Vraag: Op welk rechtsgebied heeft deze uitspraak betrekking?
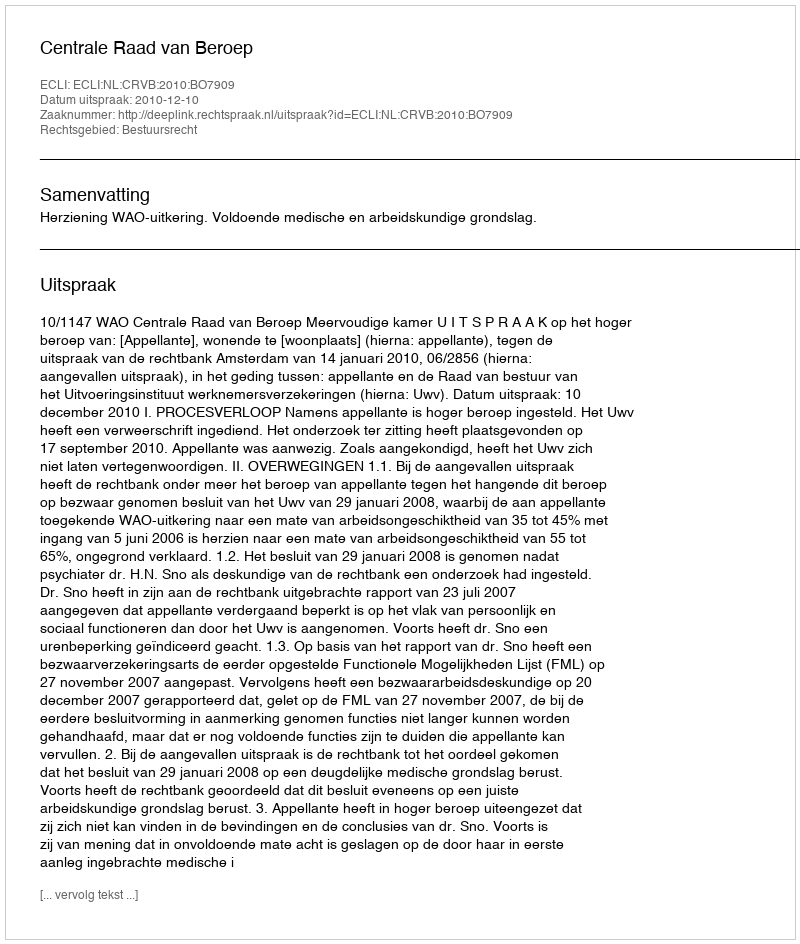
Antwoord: Bestuursrecht